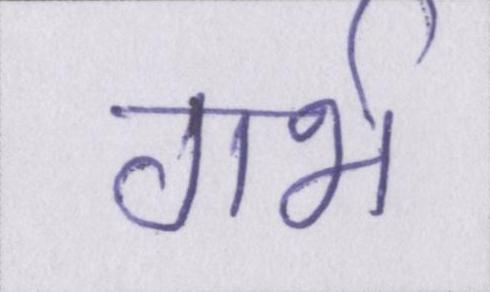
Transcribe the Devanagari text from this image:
गर्भ